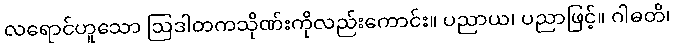
လရောင်ဟူသော ဩဒါတကသိုဏ်းကိုလည်းကောင်း။ ပညာယ၊ ပညာဖြင့်။ ဂါဓတိ၊